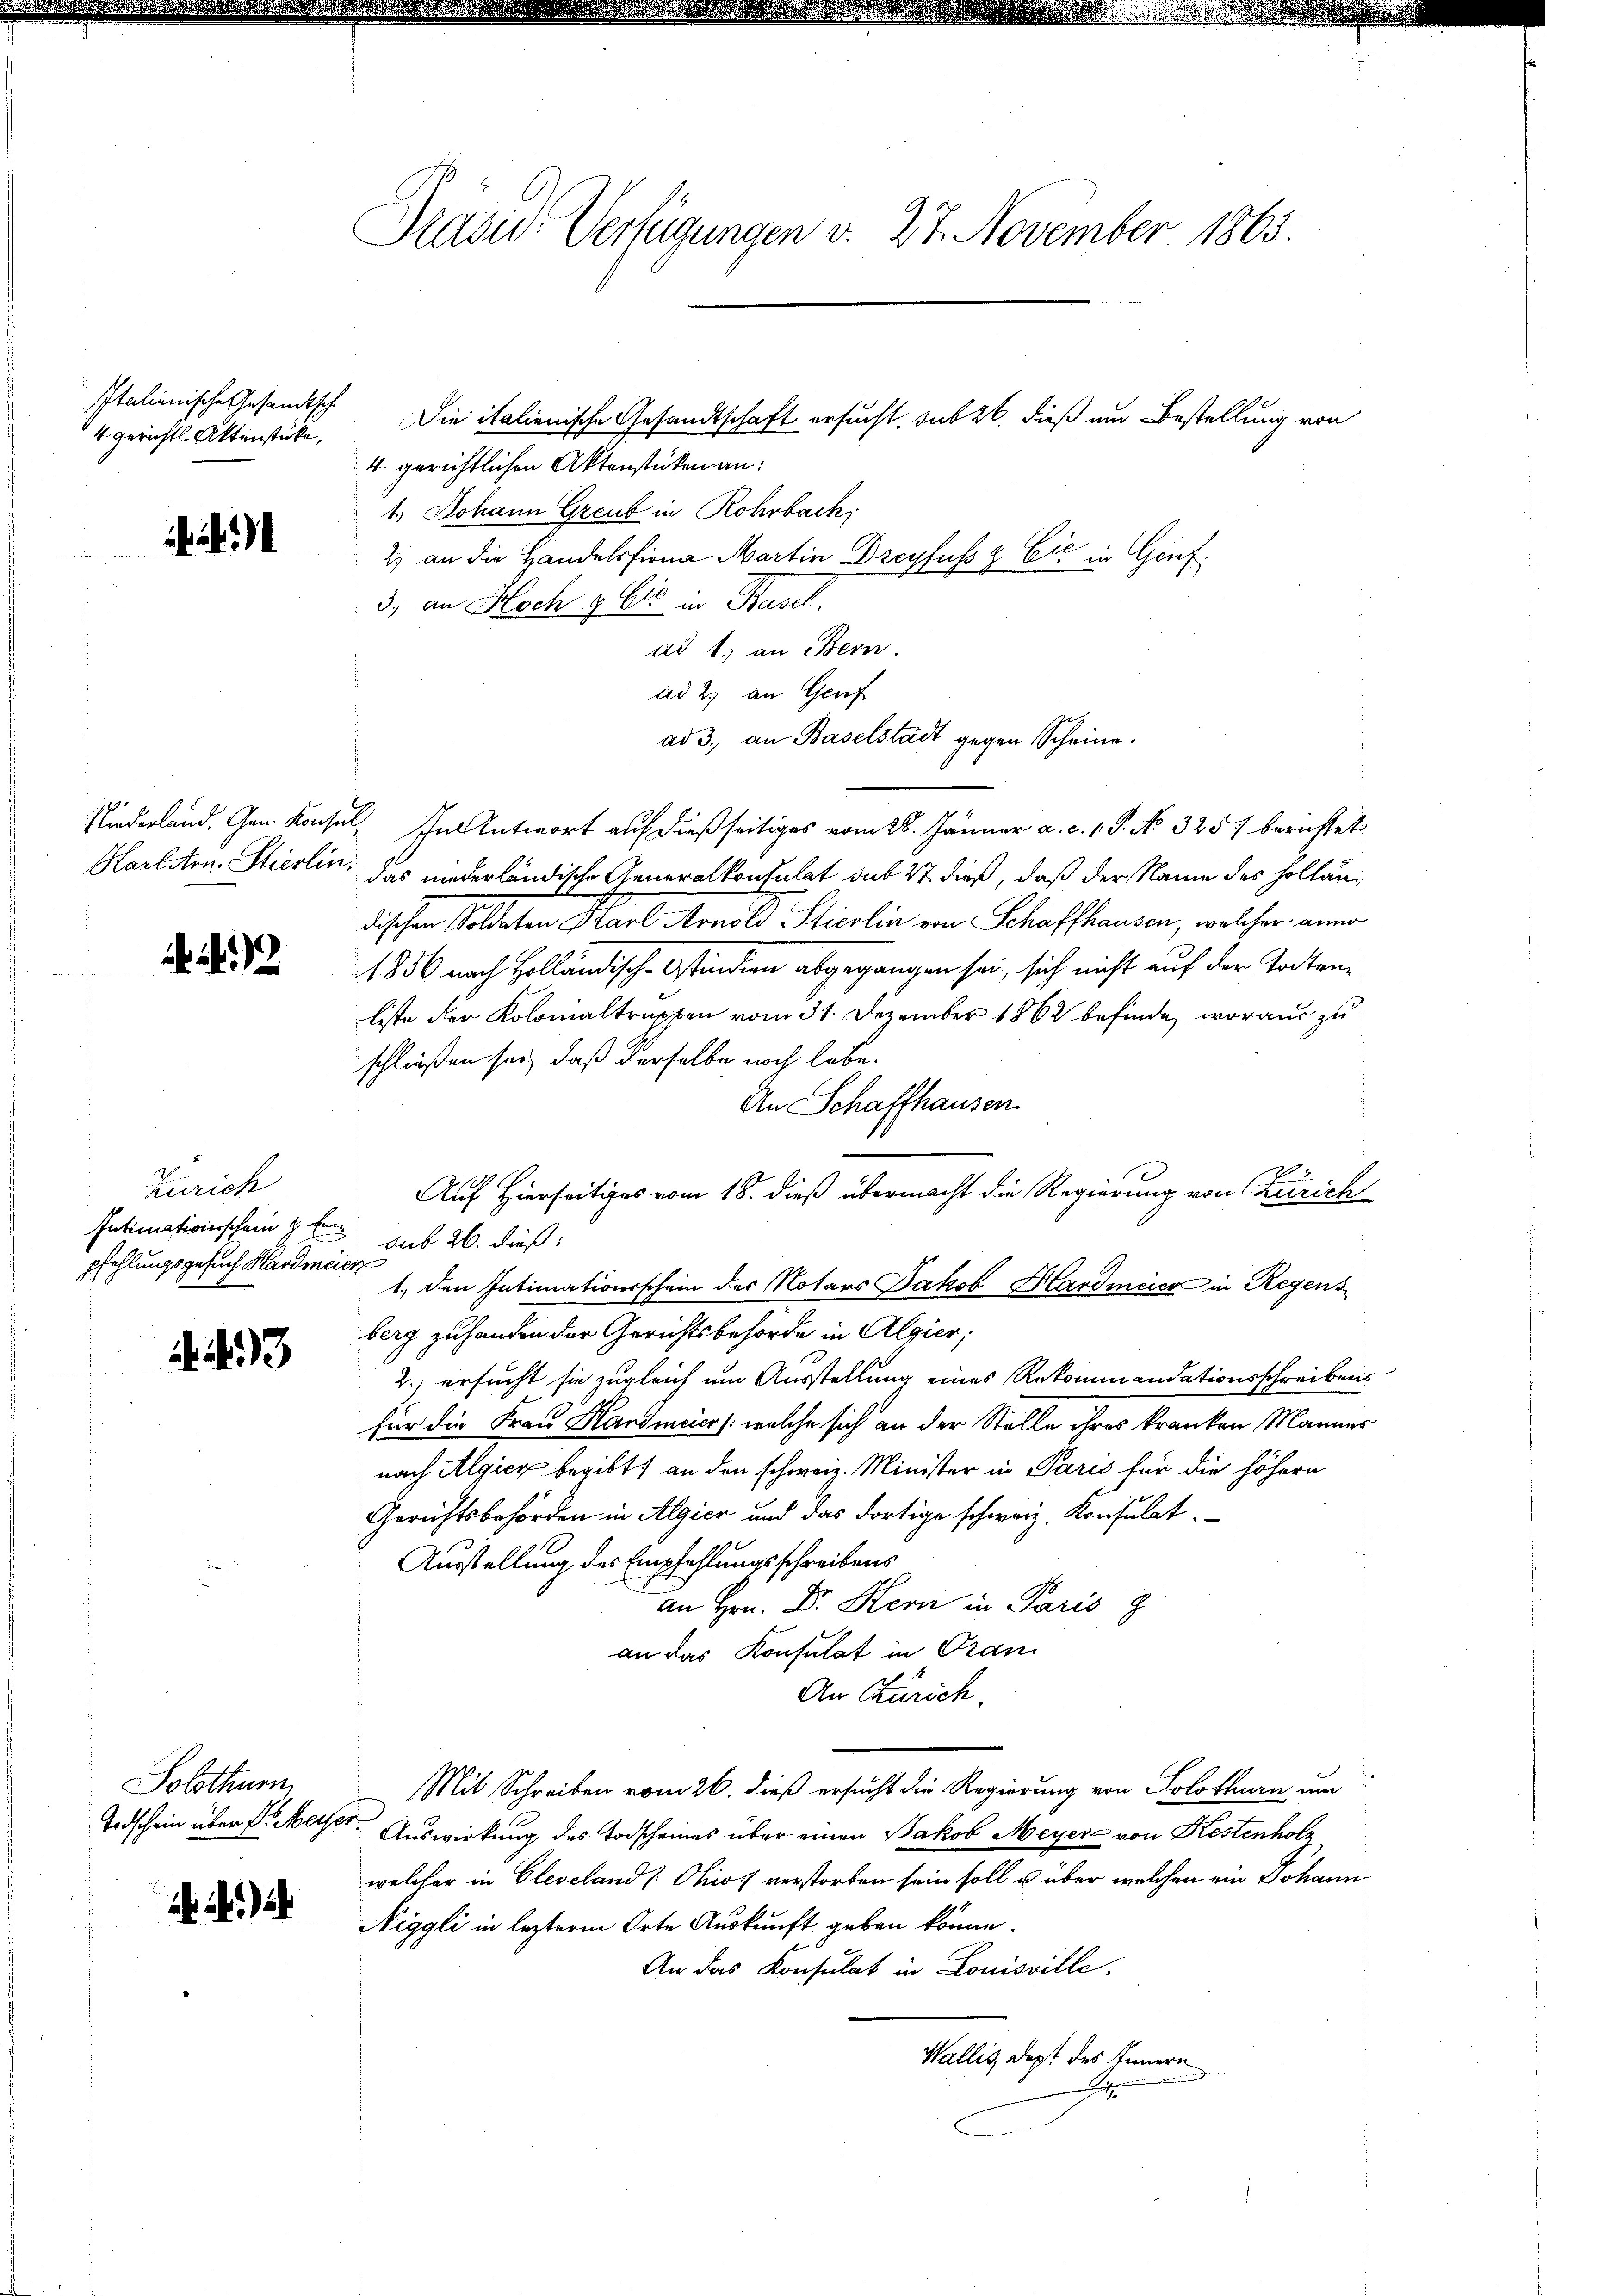
Italienische Gesandtsche
4 gerichtl. Aktenstücke,

Karlston. Stierlin,

Zürich
Intimationsschein 4 Eipfehlungsgesuch Hardmeier

293

Solothurn

) a

Präsid. Verfügungen v. 27. November 1863.

Die italienische Gesandtschaft ersucht, sub 26. dieß um Bestellung von
4 gerichtlichen Aktenstücken an:
1., Johann Greut in Rohrbach:
2) an die Handelsfina Martin Dreyfuss z Eić in Genf¬
3., an Hoch 9 bis in Basel.
ad 1. an Bern.
ad 2. an Genf
ad 3., an Baselstadt gegen Scheine.
Niederland. Gen. Konsul, In Antwort auf dießseitiges vom 28. Januar a. c. 1. P. No. 325. berichtet
das niederländische Generalkonsulat sub 27 dieß, daß der Name des Holländischen Soldaten Karl Arnold Stierlin von Schaffhausen, welcher anno
1856 nach Holländisch-Ostindiren abgegangen sei, sich nicht auf der Todtenliste der Kolonialtruppen vom 31. Dezember 1862 befinde, woraus zu
schließen sei, daß derselbe noch lebe.
An Schaffhausen
Auf Hierseitiges vom 18. dieß übermacht die Regierung von Zürich
sub 26. dieß:
1., den Intimationsschein der Notars Jakob Hardmeier in Regens
berg zu handen der Gerichtsbehörde in Algier,
2.) ersucht sie zugleich um Ausstellung eines Rekommandationsschreibens
für die Frau Handmeier /: welche sich an der Stelle ihres kranken Mannes
nach Algicz begibt, an den schweiz. Minister in Paris für die höhern
Gerichtsbehörden in Algier und das dortige schweiz. Konsulat
Ausstellung des Empfehlungsschreibens
an Hrn. Dr. Kern in Paris z
an das Konsulat in Gran
An Zürich.
Mit Schreiben vom 26. dieß ersucht die Regierung von Solothurn um
Todschein über d. Messer. Auswirkung des Todscheines über einen Jakob Meyer von Kestenholz
welcher in Cleveland [Chios verstorben sein soll u über welchen ein Johann
Niggli in lezterm Orte Auskunft geben könne.
An das Konsulat in Louisville,
Wallis dept des Innern